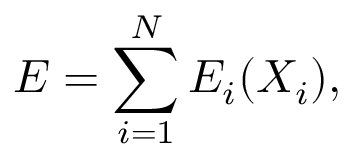
E = \sum _ { i = 1 } ^ { N } E _ { i } ( X _ { i } ) ,